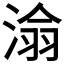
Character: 𪶡